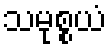
သမုစ္စယံ